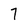
Character: 7